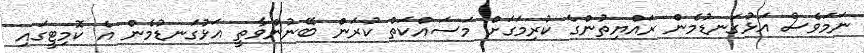
ނަމަވެސް އަޅުގަނޑުމެން ރައްޔިތުންގެ ކުރިމަގަށް މަސައްކަތް ކުރަން ބޭނުންވާތީ އަޅުގަނޑުމެން އެ ކޮމިޓީގައި